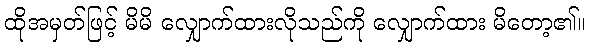
ထိုအမှတ်ဖြင့် မိမိ လျှောက်ထားလိုသည်ကို လျှောက်ထား မိတော့၏။